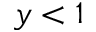
y < 1